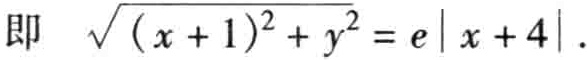
即 $\sqrt{(x + 1)^2 + y^2} = e|x + 4|$.